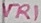
Text: VR1